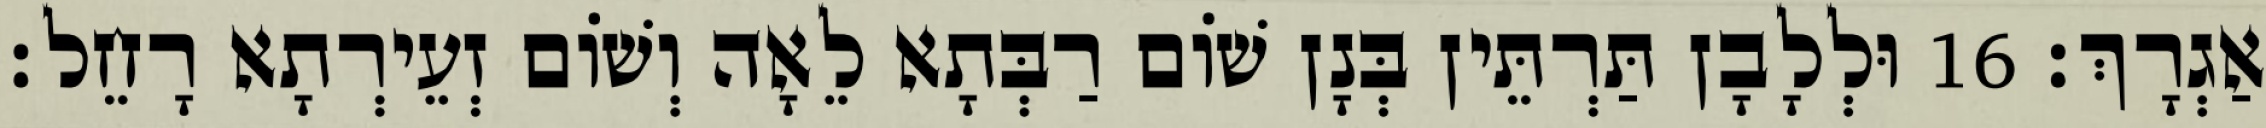
אַגְרָךְ׃ 16 וּלְלָבָן תַּרְתֵּין בְּנָן שׁוֹם רַבְּתָא לֵאָה וְשׁוֹם זְעֵירְתָא רָחֵל׃